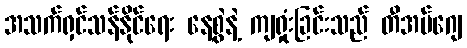
အသက်ရှင်သန်နိုင်ရေး နေ့စွဲနဲ့ ကျရှုံးခြင်းသည် တီအမ်ဂျေ